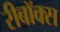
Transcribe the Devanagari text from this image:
रीबॉक्स